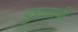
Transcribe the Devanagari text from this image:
पुरूतार्थी